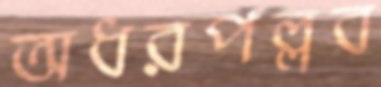
অধরপল্লব